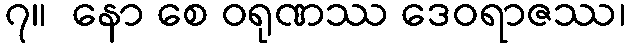
၇။  နော စေ ဝရုဏဿ ဒေဝရာဇဿ၊